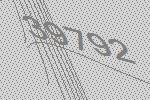
39792